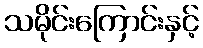
သမိုင်းကြောင်းနှင့်